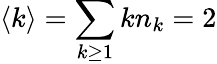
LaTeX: \langle k\rangle=\sum_{k\geq 1}kn_{k}=2